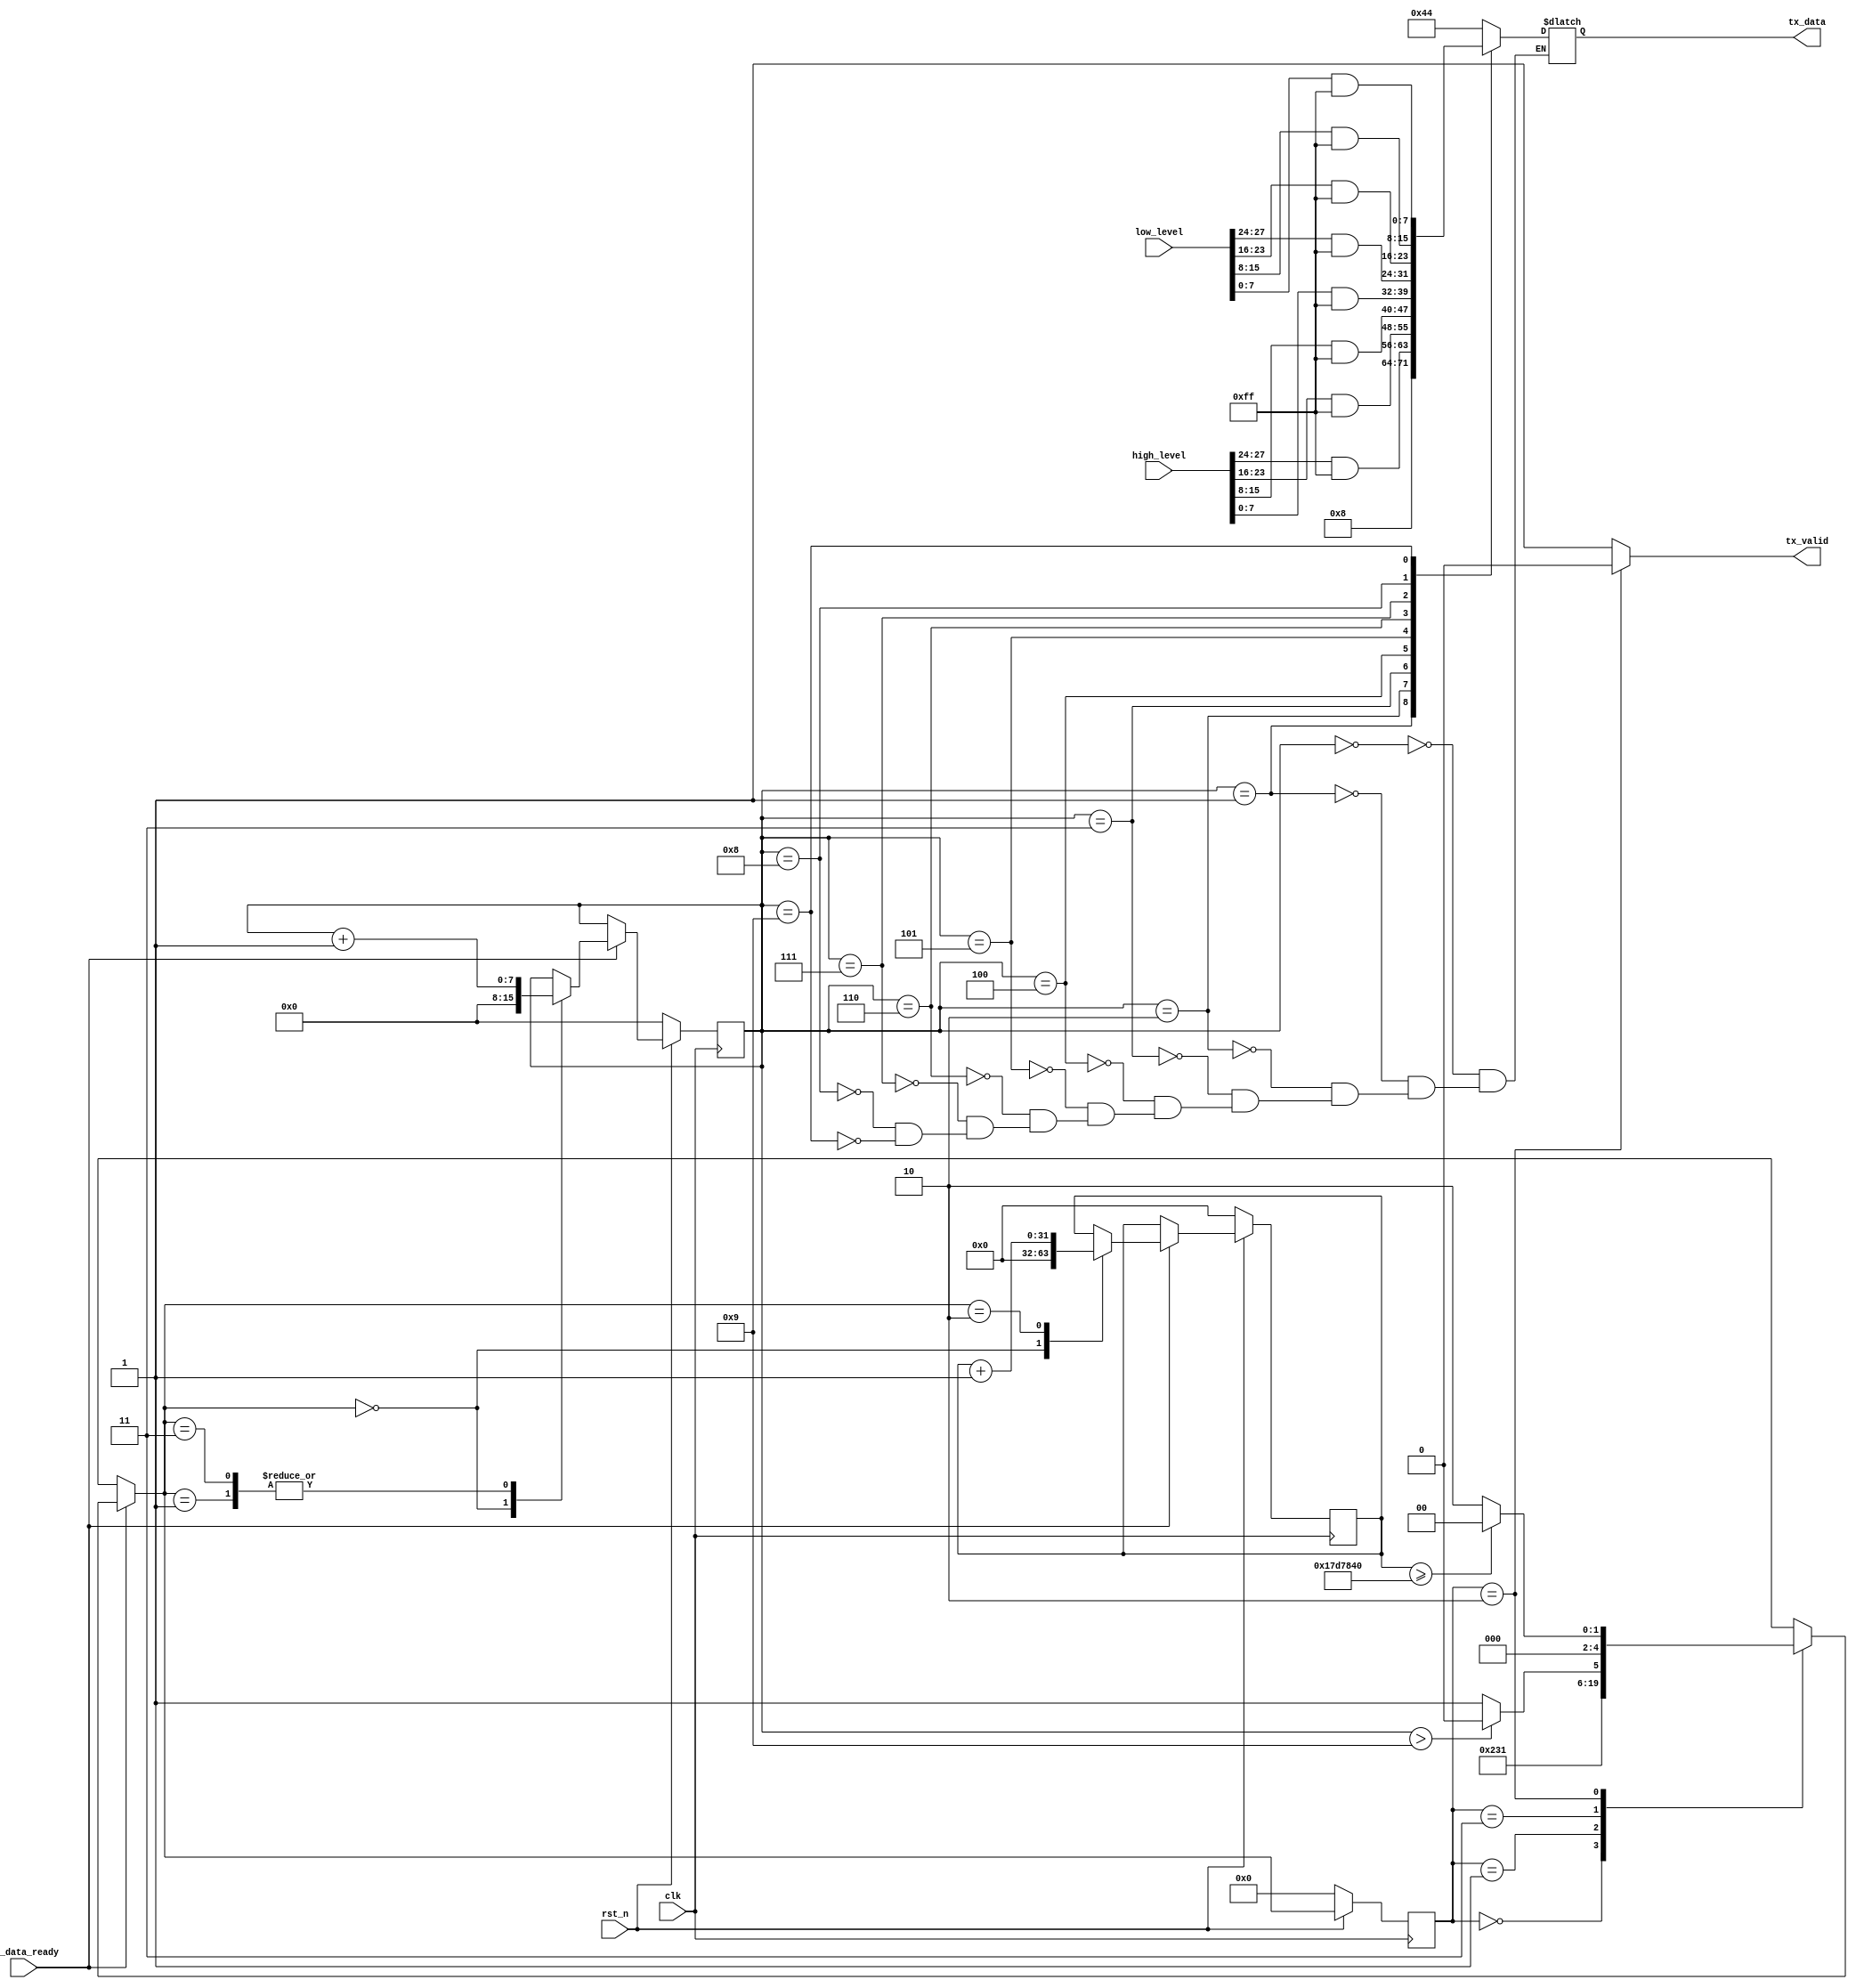
module usart_send_ctrl
(
	input [27:0] high_level,
	input [27:0] low_level,
	input clk,
	input rst_n,
	output [7:0] tx_data,
	output tx_valid,
	input tx_data_ready
);


reg [7:0] send_counter;
reg [7:0] tx_byte;
reg tx_valid_reg;
reg[4:0] state;
reg[4:0] state_next;
reg [31:0] wait_counter;


parameter START=5'b00000;
parameter SENDNUMBER=5'b00001;
parameter SENDDATA=5'b00011;
parameter WAIT=5'b00010;

assign tx_data=tx_byte;
assign tx_valid=(state==WAIT)?1'b0:1'b1;

always@(posedge clk)
	if(!rst_n)
		state<=START;
	else
		state<=state_next;


always@* begin
	state_next<=5'dx;
	if(tx_data_ready)
		case(state)
		START:
			state_next<=SENDNUMBER;
		SENDNUMBER:
			state_next<=SENDDATA;
		SENDDATA:
			if(send_counter>8'd9)
				state_next<=WAIT;
			else
				state_next<=SENDDATA;
		WAIT:
			if(wait_counter>=32'd25000000)
				state_next<=START;
			else
				state_next<=WAIT;
		endcase
end

always@(posedge clk)
	if(!rst_n)begin
		send_counter<=8'd0;
		wait_counter<=32'd0;
	end
	else
	if(tx_data_ready)
		case(state_next)
		START:begin
			send_counter<=8'd0;
			wait_counter<=32'd0;
		end
		SENDNUMBER:
			send_counter<=send_counter+1'b1;
		SENDDATA:
			send_counter<=send_counter+1'b1;
		WAIT:
			wait_counter<=wait_counter+1'b1;
		endcase

			
	


always@*
	case(send_counter)
	8'd0:tx_byte<="D";
	8'd1:tx_byte<=8'd8;
	8'd2:tx_byte<=(high_level>>24)&8'hff;
	8'd3:tx_byte<=(high_level>>16)&8'hff;
	8'd4:tx_byte<=(high_level>>8)&8'hff;
	8'd5:tx_byte<=high_level&8'hff;
	8'd6:tx_byte<=(low_level>>24)&8'hff;
	8'd7:tx_byte<=(low_level>>16)&8'hff;
	8'd8:tx_byte<=(low_level>>8)&8'hff;
	8'd9:tx_byte<=low_level&8'hff;
	endcase
	
endmodule